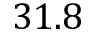
3 1 . 8